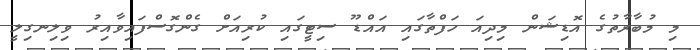
މި މުބާރާތުގެ އޮޑިޝަން މިދިއަ ހަފްތާގައި އައްޑޫ ސިޓީގައި ކުރިއަށް ގެންގޮސްފައިވާއިރު ވިލިނގިލީ